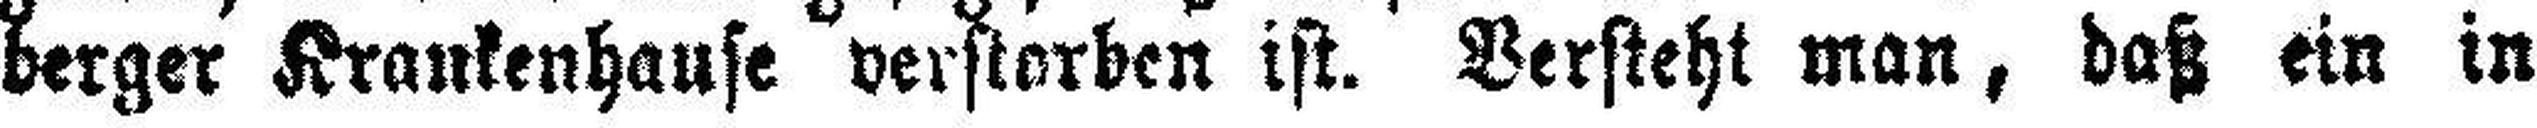
berger Krankenhause verstorben ist. Versteht man, daß ein in